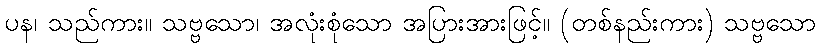
ပန၊ သည်ကား။ သဗ္ဗသော၊ အလုံးစုံသော အပြားအားဖြင့်။ (တစ်နည်းကား) သဗ္ဗသော